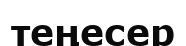
теңесер